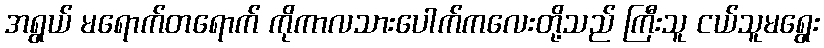
အရွယ် မရောက်တရောက် ကိုကာလသားပေါက်ကလေးတို့သည် ကြီးသူ ငယ်သူမရွေး